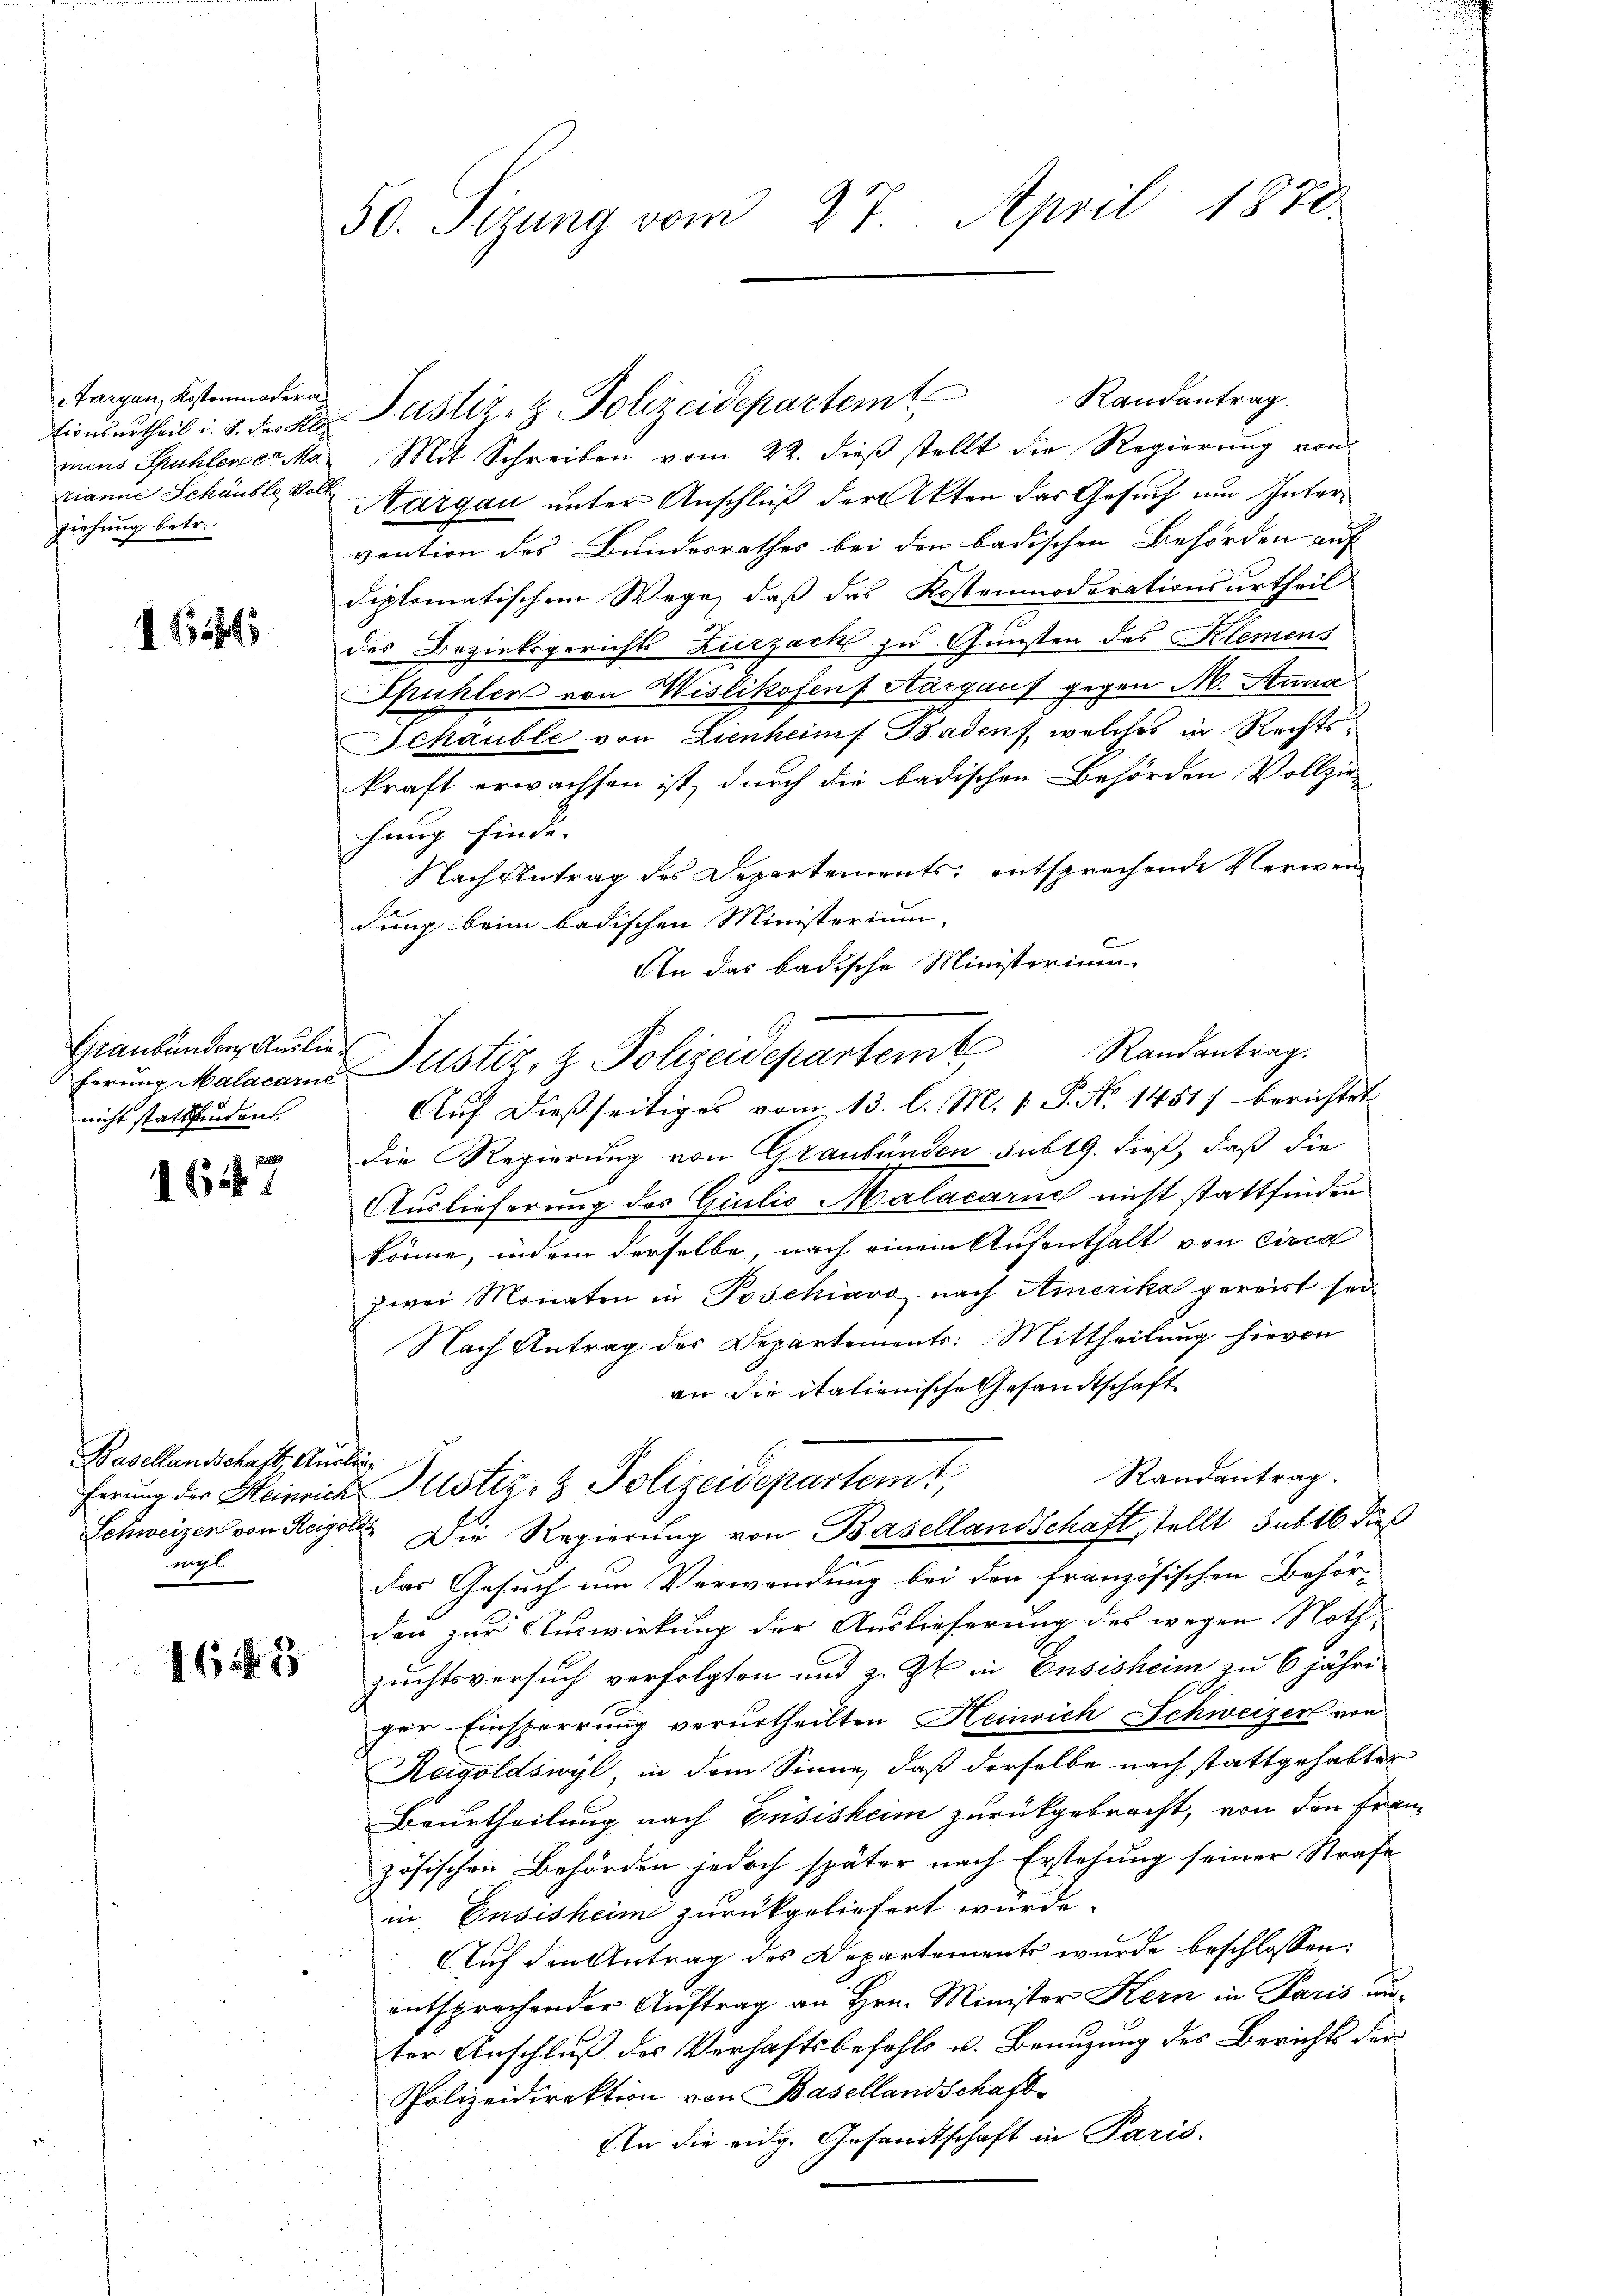
e Targau, Kostenmedera
tionsurtheil i. S. der Alle
mens Spühlerer Marianne Schauble Voll
ziehung betr.

11845

Graubünden, Auslieferung Malacarie
nicht stattfinden

1647

Basellandschaft, Auslieragl

163

50. Sizung vom 27. April 1870

Mit Schreiben vom 22. dieß stellt die Regierung von
Aargau unter Anschluß der Akten das Gesuch um Intervention des Bundesrathes bei den badischen Behörden auf
diplomatischem Wege, daß das Kostenmoderationsurtheil
des Bezirksgerichts Zurzack zu Gunsten des Klemens
Spühler von Wislikofens Aargaus gegen M. Anna
Schäuble von Lienheimf Baden, welches in Rechtskraft erwachsen ist, durch die badischen Behörden Vollzie-
hung finde. |
Nach Antrag des Departements entsprechende Verwendung beim badischen Ministerium.
An das badische Ministerium
Justiz- & Polizeidepartemt, Randantrag.
Auf dießseitiges vom 13. l. M. v. P. No 1451) berichtet
die Regierung von Graubünden sub 19. dieß, daß die
Auslieferung des Quilio Malacarie nicht stattfinden
könne, indem derselbe, nach einem Aufenthalt von circa
zwei Monaten in Poschiavo nach Amerika gereist sei¬
Nach Antrag des Departements: Mittheilung hievon
an die italienische Gesandtschaft
Randantrag.
ferung der Heinrich Justiz- & Polizeidepartem,
Schweizer von Regolte Die Regierung von Basellandschaftstellt subtl. dieß
das Gesuch um Verwendung bei den französischen Behör-
den zur Auswirkung der Auslieferung des wegen Noth,
zuchtsversuch verfolgten und z. Zt. in Ensisheim zu 6 jähriger Einsperrung verurtheilten Heinrich Schweizer von
Reigoldswyl, in dem Sinne, daß derselbe nach stattgehabter
Beurtheilung nach Eusisheim zurückgebracht, von den Frau
zösischen Behörden jedoch später nach Erstehung seiner Strafe
in Eusisheim zurückgeliefert würde.
Auf den Antrag des Departement wurde beschlossen:
entsprechender Auftrag an Hrn. Minister Kern in Paris unter Anschluß des Verhaftsbefehls u. Benuzung des Berichts der
Polizeidirektion von Basellandschaft
An die eidg. Gesandtschaft in Paris.

Justiz- & Polizeidepartem Randantrag